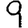
Digit: 9